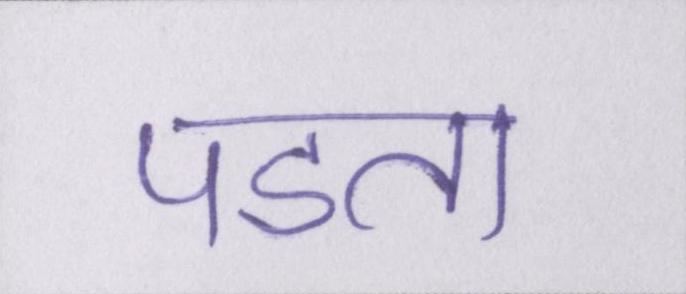
पडता